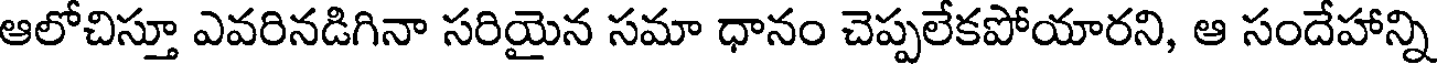
ఆలోచిస్తూ ఎవరినడిగినా సరియైన సమా ధానం చెప్పలేకపోయారని, ఆ సందేహాన్ని